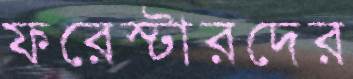
ফরেস্টারদের